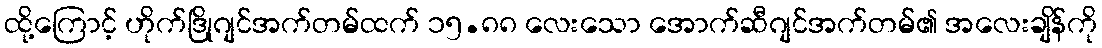
ထို့ကြောင့် ဟိုက်ဒြိုဂျင်အက်တမ်ထက် ၁၅.၈၈ လေးသော အောက်ဆီဂျင်အက်တမ်၏ အလေးချိန်ကို